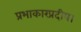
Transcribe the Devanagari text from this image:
प्रभाकारप्रदीप।